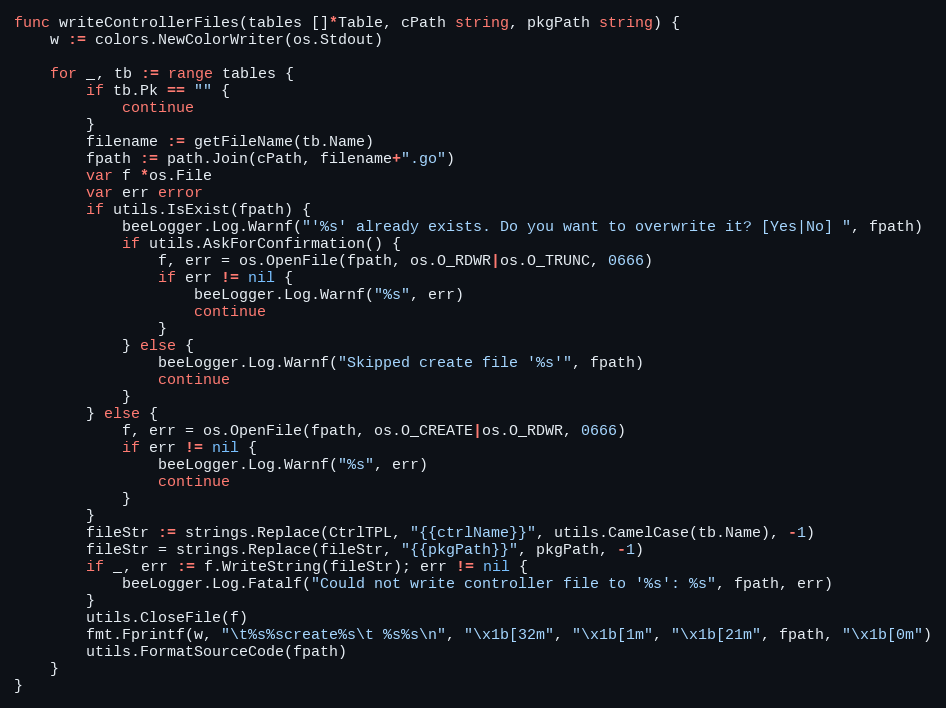
Language: Go
func writeControllerFiles(tables []*Table, cPath string, pkgPath string) {
	w := colors.NewColorWriter(os.Stdout)

	for _, tb := range tables {
		if tb.Pk == "" {
			continue
		}
		filename := getFileName(tb.Name)
		fpath := path.Join(cPath, filename+".go")
		var f *os.File
		var err error
		if utils.IsExist(fpath) {
			beeLogger.Log.Warnf("'%s' already exists. Do you want to overwrite it? [Yes|No] ", fpath)
			if utils.AskForConfirmation() {
				f, err = os.OpenFile(fpath, os.O_RDWR|os.O_TRUNC, 0666)
				if err != nil {
					beeLogger.Log.Warnf("%s", err)
					continue
				}
			} else {
				beeLogger.Log.Warnf("Skipped create file '%s'", fpath)
				continue
			}
		} else {
			f, err = os.OpenFile(fpath, os.O_CREATE|os.O_RDWR, 0666)
			if err != nil {
				beeLogger.Log.Warnf("%s", err)
				continue
			}
		}
		fileStr := strings.Replace(CtrlTPL, "{{ctrlName}}", utils.CamelCase(tb.Name), -1)
		fileStr = strings.Replace(fileStr, "{{pkgPath}}", pkgPath, -1)
		if _, err := f.WriteString(fileStr); err != nil {
			beeLogger.Log.Fatalf("Could not write controller file to '%s': %s", fpath, err)
		}
		utils.CloseFile(f)
		fmt.Fprintf(w, "\t%s%screate%s\t %s%s\n", "\x1b[32m", "\x1b[1m", "\x1b[21m", fpath, "\x1b[0m")
		utils.FormatSourceCode(fpath)
	}
}